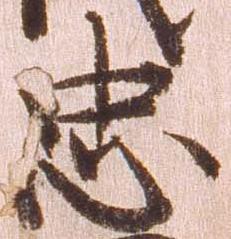
忠